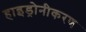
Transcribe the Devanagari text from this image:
हाइड्रोनीकरण